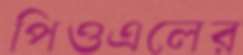
পিওএলের